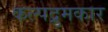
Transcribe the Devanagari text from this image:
कल्पद्रुमकार